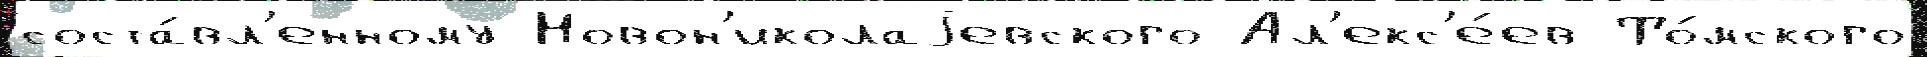
соста́вл'енному Новон'иколаjевского Ал'екс'е́ев То́мского